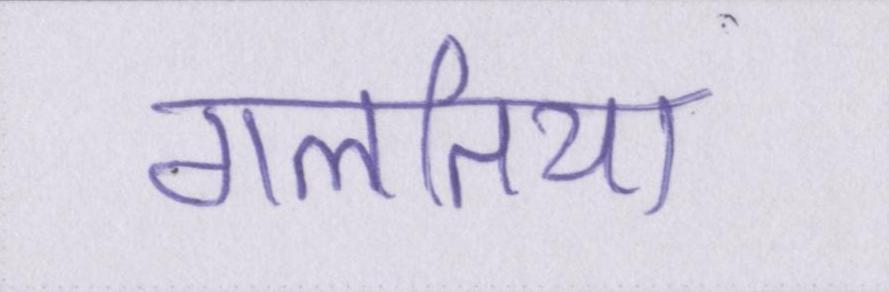
गलतिया